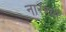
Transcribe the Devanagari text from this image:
नारण्यां